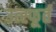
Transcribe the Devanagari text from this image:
उत्‍स्फूर्त